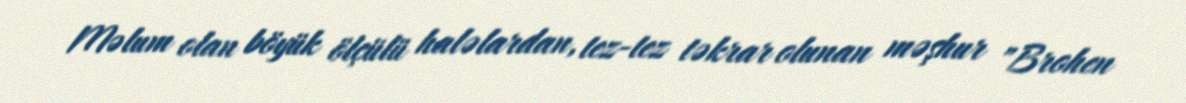
Məlum olan böyük ölçülü haləlardan, tez-tez təkrar olunan məşhur "Brohen